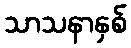
သာသနာနှစ်